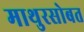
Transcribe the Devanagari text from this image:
माथुरसोबत